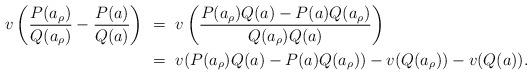
LaTeX: \begin{align*}v\left(\frac{P(a_{\rho})}{Q(a_{\rho})}-\frac{P(a)}{Q(a)}\right)\ &=\ v\left(\frac{P(a_{\rho})Q(a)-P(a)Q(a_{\rho})}{Q(a_{\rho})Q(a)}\right) \\&=\ v(P(a_{\rho})Q(a) - P(a)Q(a_{\rho})) - v(Q(a_{\rho})) - v(Q(a)).\end{align*}